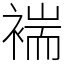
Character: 褍